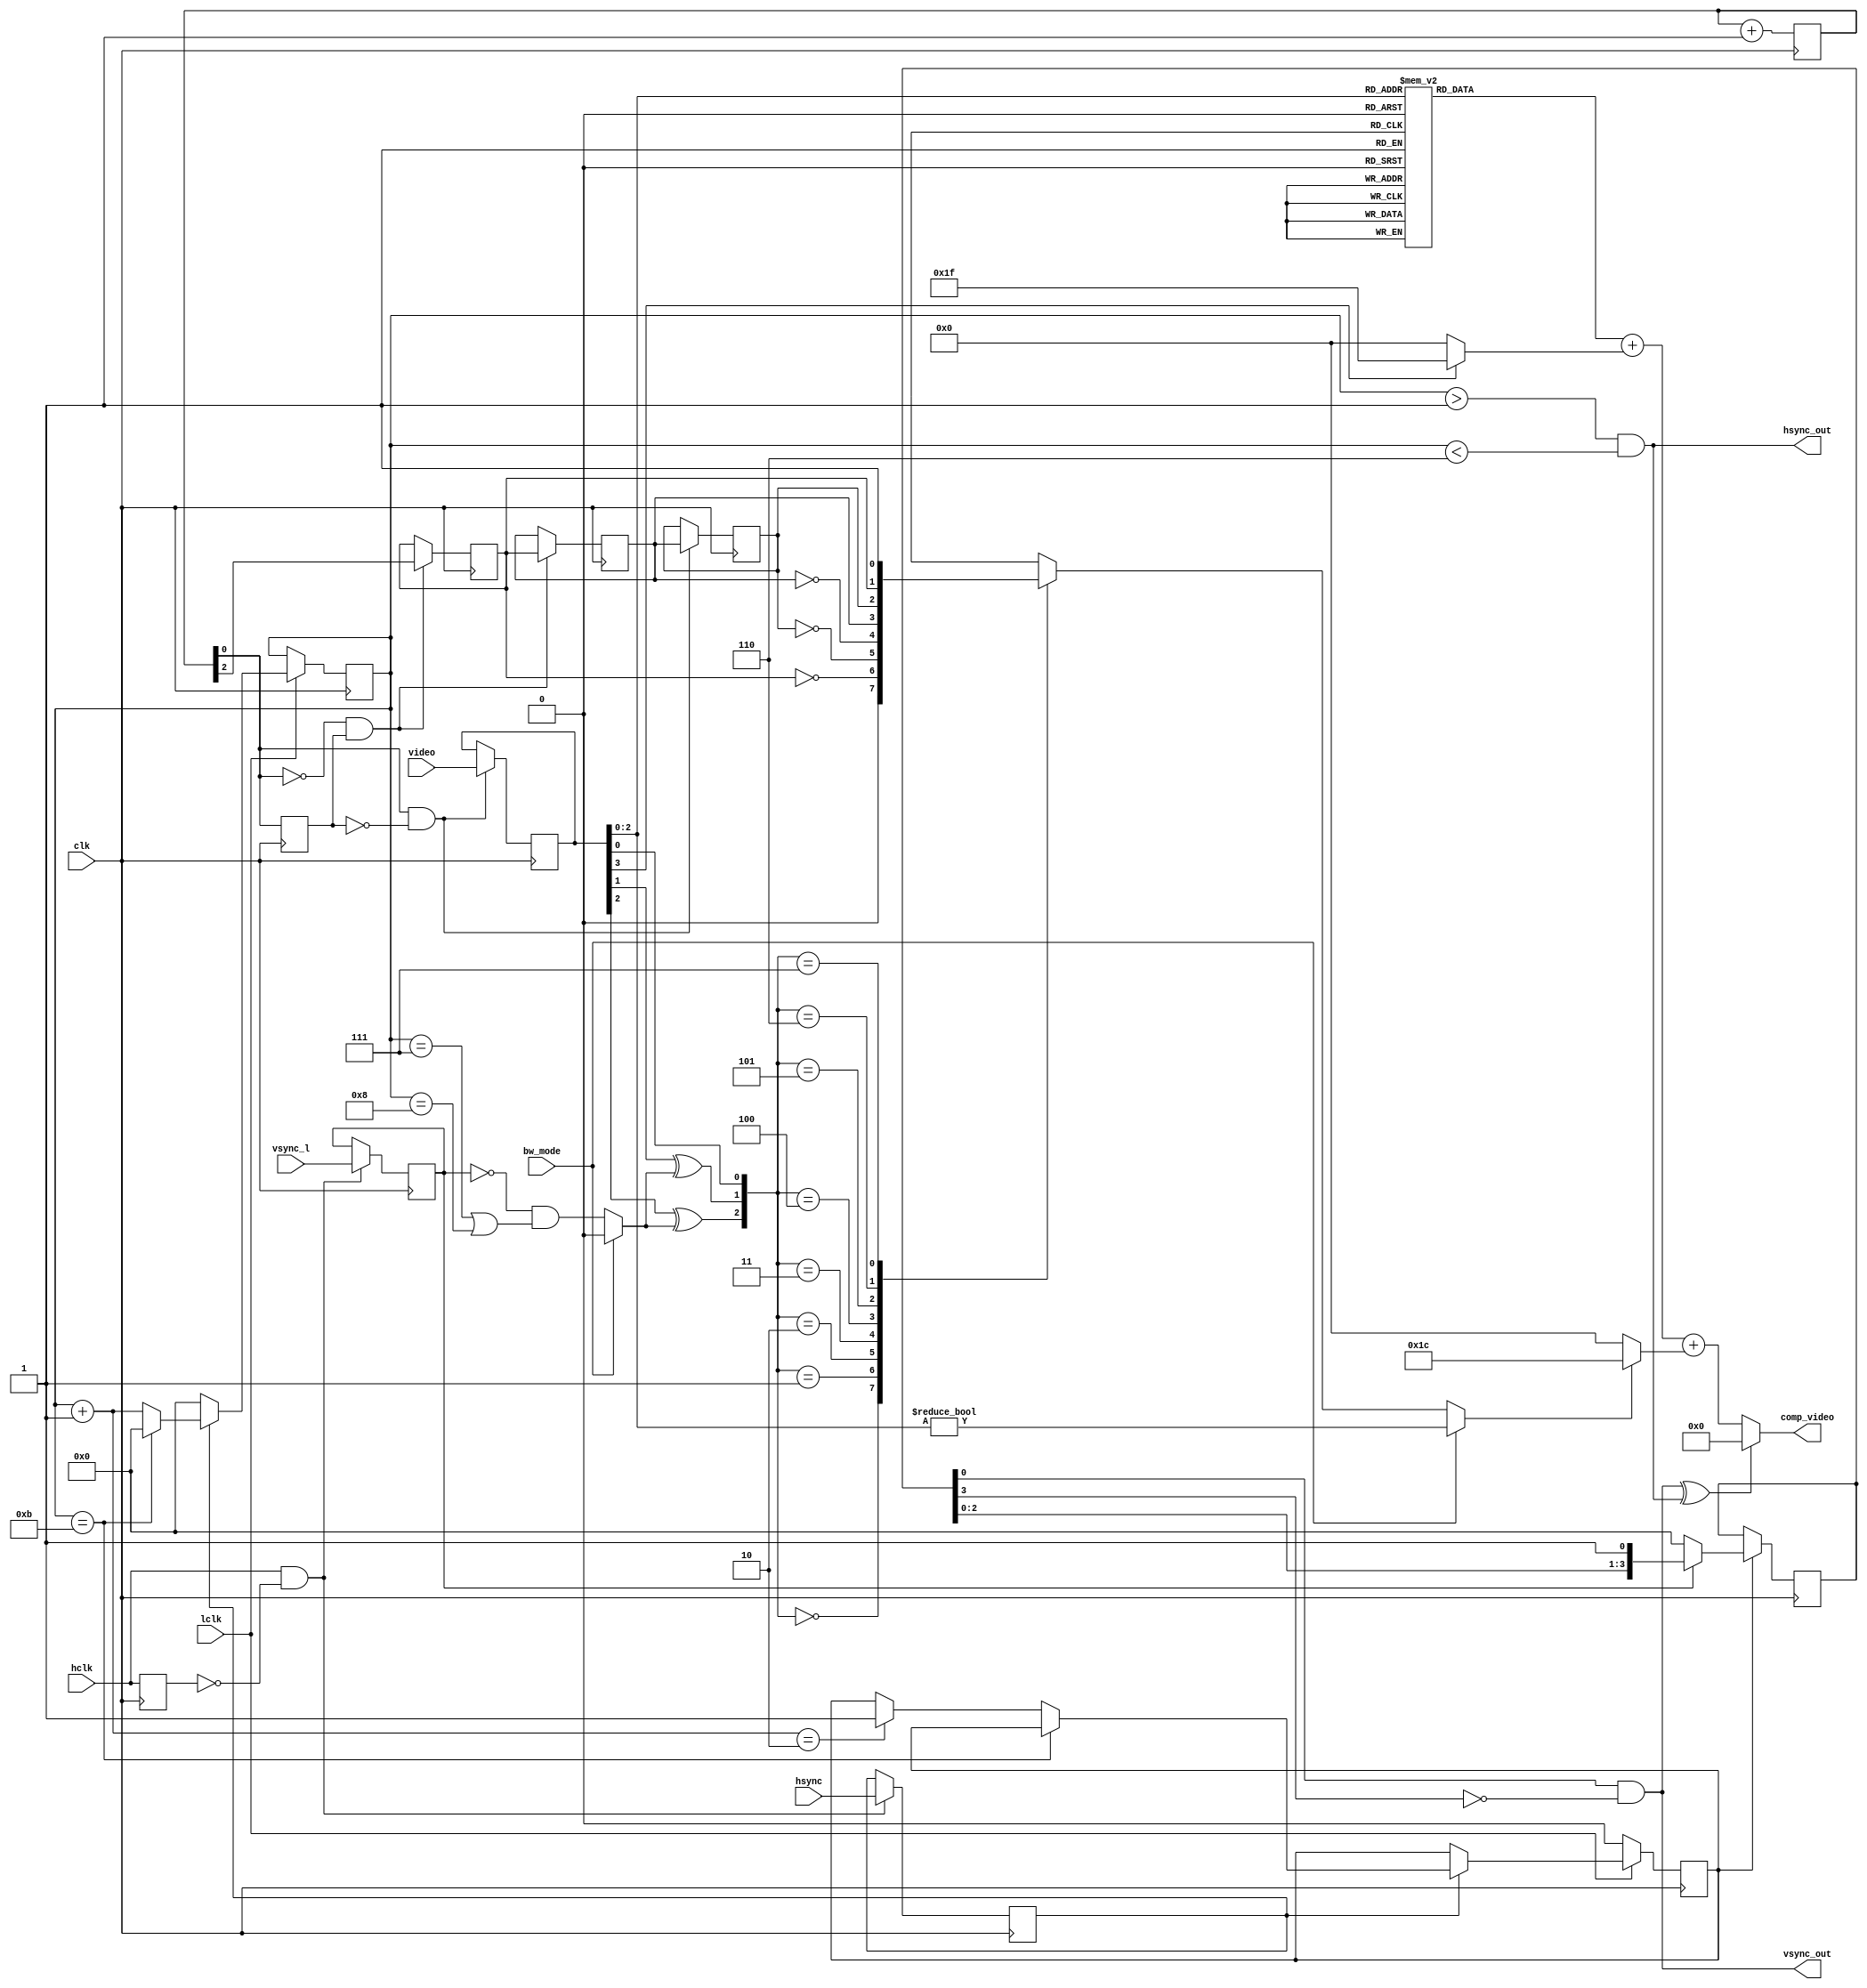
// Graphics Gremlin
//
// Copyright (c) 2021 Eric Schlaepfer
// This work is licensed under the Creative Commons Attribution-ShareAlike 4.0
// International License. To view a copy of this license, visit
// http://creativecommons.org/licenses/by-sa/4.0/ or send a letter to Creative
// Commons, PO Box 1866, Mountain View, CA 94042, USA.
//
`default_nettype none
module cga_composite(
    // Clock
    input clk,

    input lclk,
    input hclk,

    input[3:0] video, // IRGB video in
    input hsync,
    input vsync_l,
    input bw_mode,

    output hsync_out,
    output vsync_out,
    output [6:0] comp_video
    );

    reg[3:0] vid_del;
    reg hsync_dly = 1'b0;
    reg vsync_dly_l = 1'b0;
    reg[3:0] hsync_counter = 4'd0;
    reg[3:0] vsync_counter = 4'd0;
    reg vsync_trig = 1'b0;

    reg[2:0] count_358 = 3'd0;
    wire clk_3m58;
    wire clk_14m3;
    reg clk_old = 1'b0;

    wire burst;
    wire csync;

    reg[6:0] grey_level;

    // Color shifter
    reg yellow_burst;
    reg red;
    reg magenta;
    wire blue;
    wire cyan;
    wire green;

    reg color_out;
    wire color_out2;

    reg hclk_old;

    always @ (posedge clk)
    begin
        hclk_old <= hclk;
    end

    // Resync the video to the falling edge of 14.318MHz
    always @ (posedge clk)
    begin
        if (clk_14m3 && !clk_old) begin
            vid_del <= video;
        end
    end

    // Delay the sync pulses
    always @ (posedge clk)
    begin
        if (hclk && !hclk_old) begin
            hsync_dly <= hsync;
            vsync_dly_l <= vsync_l;
        end
    end

    // hsync counter
    always @ (posedge clk)
    begin
        if (lclk) begin
            if (hsync_dly) begin
                if (hsync_counter == 4'd11) begin
                    hsync_counter <= 4'd0;
                end else begin
                    hsync_counter <= hsync_counter + 4'd1;
                    if ((hsync_counter + 4'd1) == 4'd2) begin
                        vsync_trig <= 1'b1;
                    end
                end
            end else begin
                hsync_counter <= 4'd0;
            end
        end else begin
            vsync_trig <= 1'b0;
        end
    end

    assign hsync_out = (hsync_counter > 4'd1) && (hsync_counter < 4'd6);
    assign burst = bw_mode ? 1'b0 : (~vsync_dly_l &
                                     ((hsync_counter == 4'd7) ||
                                      (hsync_counter == 4'd8)));

    // vsync counter
    always @ (posedge clk)
    begin
        if (vsync_trig) begin
            if (!vsync_dly_l) begin
                vsync_counter <= 4'd0;
            end else begin
                vsync_counter <= {vsync_counter[2:0], 1'b1};
            end
        end
    end

    // Positive going vsync pulse
    assign vsync_out = vsync_counter[0] & ~vsync_counter[3];

    assign csync = ~(vsync_out ^ hsync_out);

    // Generate 3.58MHz from the 28MHz clock coming in
    always @ (posedge clk)
    begin
        count_358 <= count_358 + 3'd1;
        clk_old <= clk_14m3;
    end
    assign clk_3m58 = count_358[2];
    wire clk_7m;
    assign clk_7m = count_358[1];
    assign clk_14m3 = count_358[0];

    // Create color phase clocks
    always @ (posedge clk)
    begin
        // Check for 14.318MHz rising edge
        if (!clk_14m3 && clk_old) begin
            yellow_burst <= clk_3m58;
            red <= yellow_burst;
        end
        // Check for 14.318MHz falling edge
        if (clk_14m3 && !clk_old) begin
            magenta <= red;
        end
    end
    assign blue = ~yellow_burst;
    assign cyan = ~red;
    assign green = ~magenta;

    // Color mux
    always @ (*)
    begin
        // R, G, B
        case ({vid_del[2] ^ burst, vid_del[1] ^ burst, vid_del[0]})
            3'd0: color_out <= 1'b0;
            3'd1: color_out <= blue;
            3'd2: color_out <= green;
            3'd3: color_out <= cyan;
            3'd4: color_out <= red;
            3'd5: color_out <= magenta;
            3'd6: color_out <= yellow_burst;
            3'd7: color_out <= 1'b1;
        endcase
    end

    // Black and white mode? Color is disabled.
    assign color_out2 = bw_mode ?
                        (vid_del[2:0] != 0) :
                        (color_out);

    always @ (*)
    begin
        case (vid_del[2:0])
            3'd0:  grey_level <= 7'd29;
            3'd1:  grey_level <= 7'd36;
            3'd2:  grey_level <= 7'd49;
            3'd3:  grey_level <= 7'd56;
            3'd4:  grey_level <= 7'd39;
            3'd5:  grey_level <= 7'd46;
            3'd6:  grey_level <= 7'd60;
            3'd7:  grey_level <= 7'd68;
        endcase
    end

    assign comp_video = ~csync ? 0 : (grey_level + (vid_del[3] ? 7'd31 : 7'd0) +
                        (color_out2 ? 7'd28 : 7'd0));

endmodule